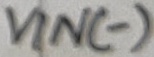
Text: VIN(-)